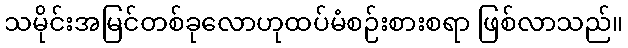
သမိုင်းအမြင်တစ်ခုလောဟုထပ်မံစဉ်းစားစရာ ဖြစ်လာသည်။